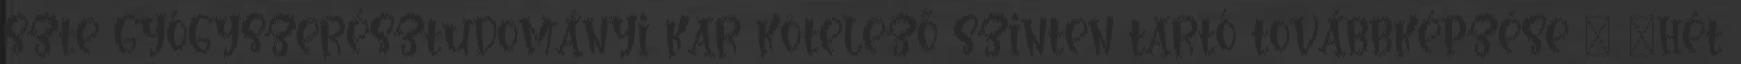
SZTE GYÓGYSZERÉSZTUDOMÁNYI KAR KÖTELEZŐ SZINTEN TARTÓ TOVÁBBKÉPZÉSE – „HÉT